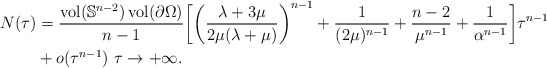
\begin{align*} N(\tau) &= \frac{\operatorname{vol}(\mathbb{S}^{n-2})\operatorname{vol}(\partial \Omega)}{n-1} \biggl[ \biggl( \frac{\lambda + 3\mu}{2\mu (\lambda + \mu)} \biggr)^{n-1} + \frac{1}{(2\mu)^{n-1}} + \frac{n-2}{\mu^{n-1}} + \frac{1}{\alpha^{n-1}} \biggr] \tau^{n-1} \\ &+ o(\tau^{n-1}) \ \tau \to +\infty. \end{align*}